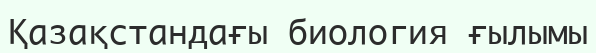
Қазақстандағы биология ғылымы